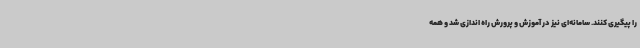
را پیگیری کنند. سامانه‌ای نیز در آموزش و پرورش راه اندازی شد و همه